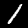
Label: 1